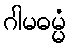
ဂါမဓမ္မံ